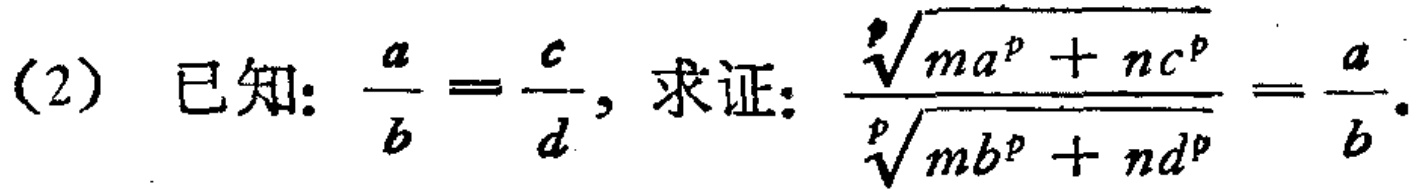
(2) 已知: $\frac{a}{b}=\frac{c}{d}$, 求证: $\frac{\sqrt[p]{ma^{p}+nc^{p}}}{\sqrt[p]{mb^{p}+nd^{p}}}=\frac{a}{b}$.